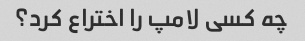
چه کسی لامپ را اختراع کرد؟